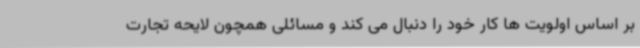
بر اساس اولویت ها کار خود را دنبال می کند و مسائلی همچون لایحه تجارت